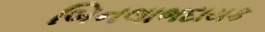
બિનલાભદાયક